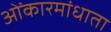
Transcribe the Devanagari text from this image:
ओंकारमांधाता